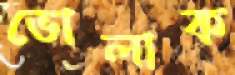
ভোলাক